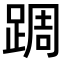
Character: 𨂊